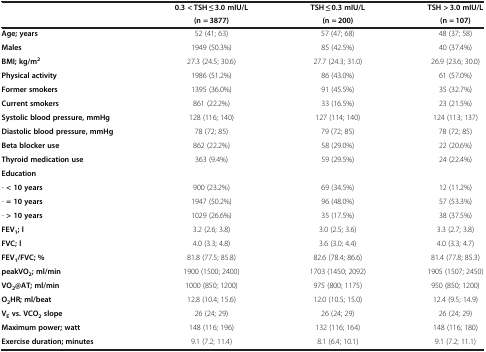
<table><thead><tr><td rowspan="2"><b> </b></td><td><b>0.3 &lt; TSH ≤ 3.0 mIU/L</b></td><td><b>TSH ≤ 0.3 mIU/L</b></td><td><b>TSH &gt; 3.0 mIU/L</b></td></tr><tr><td><b>(n = 3877)</b></td><td><b>(n = 200)</b></td><td><b>(n = 107)</b></td></tr></thead><tbody><tr><td><b>Age; years</b></td><td>52 (41; 63)</td><td>57 (47; 68)</td><td>48 (37; 58)</td></tr><tr><td><b>Males</b></td><td>1949 (50.3%)</td><td>85 (42.5%)</td><td>40 (37.4%)</td></tr><tr><td><b>BMI; kg/m</b><sup><b>2</b></sup></td><td>27.3 (24.5; 30.6)</td><td>27.7 (24.3; 31.0)</td><td>26.9 (23.6; 30.0)</td></tr><tr><td><b>Physical activity</b></td><td>1986 (51.2%)</td><td>86 (43.0%)</td><td>61 (57.0%)</td></tr><tr><td><b>Former smokers</b></td><td>1395 (36.0%)</td><td>91 (45.5%)</td><td>35 (32.7%)</td></tr><tr><td><b>Current smokers</b></td><td>861 (22.2%)</td><td>33 (16.5%)</td><td>23 (21.5%)</td></tr><tr><td><b>Systolic blood pressure, mmHg</b></td><td>128 (116; 140)</td><td>127 (114; 140)</td><td>124 (113; 137)</td></tr><tr><td><b>Diastolic blood pressure, mmHg</b></td><td>78 (72; 85)</td><td>79 (72; 85)</td><td>78 (72; 85)</td></tr><tr><td><b>Beta blocker use</b></td><td>862 (22.2%)</td><td>58 (29.0%)</td><td>22 (20.6%)</td></tr><tr><td><b>Thyroid medication use</b></td><td>363 (9.4%)</td><td>59 (29.5%)</td><td>24 (22.4%)</td></tr><tr><td><b>Education</b></td><td> </td><td> </td><td> </td></tr><tr><td>- <b>&lt; 10 years</b></td><td>900 (23.2%)</td><td>69 (34.5%)</td><td>12 (11.2%)</td></tr><tr><td>- <b>= 10 years</b></td><td>1947 (50.2%)</td><td>96 (48.0%)</td><td>57 (53.3%)</td></tr><tr><td>- <b>&gt; 10 years</b></td><td>1029 (26.6%)</td><td>35 (17.5%)</td><td>38 (37.5%)</td></tr><tr><td><b>FEV</b><sub><b>1</b></sub><b>; l</b></td><td>3.2 (2.6; 3.8)</td><td>3.0 (2.5; 3.6)</td><td>3.3 (2.7; 3.8)</td></tr><tr><td><b>FVC; l</b></td><td>4.0 (3.3; 4.8)</td><td>3.6 (3.0; 4.4)</td><td>4.0 (3.3; 4.7)</td></tr><tr><td><b>FEV</b><sub><b>1</b></sub><b>/FVC; %</b></td><td>81.8 (77.5; 85.8)</td><td>82.6 (78.4; 86.6)</td><td>81.4 (77.8; 85.3)</td></tr><tr><td><b>peakVO</b><sub><b>2</b></sub><b>; ml/min</b></td><td>1900 (1500; 2400)</td><td>1703 (1450; 2092)</td><td>1905 (1507; 2450)</td></tr><tr><td><b>VO</b><sub><b>2</b></sub><b>@AT; ml/min</b></td><td>1000 (850; 1200)</td><td>975 (800; 1175)</td><td>950 (850; 1200)</td></tr><tr><td><b>O</b><sub><b>2</b></sub><b>HR; ml/beat</b></td><td>12.8 (10.4; 15.6)</td><td>12.0 (10.5; 15.0)</td><td>12.4 (9.5; 14.9)</td></tr><tr><td><b>V</b><sub><b>E </b></sub><b>vs. VCO</b><sub><b>2 </b></sub><b>slope</b></td><td>26 (24; 29)</td><td>26 (24; 29)</td><td>26 (24; 29)</td></tr><tr><td><b>Maximum power; watt</b></td><td>148 (116; 196)</td><td>132 (116; 164)</td><td>148 (116; 180)</td></tr><tr><td><b>Exercise duration; minutes</b></td><td>9.1 (7.2; 11.4)</td><td>8.1 (6.4; 10.1)</td><td>9.1 (7.2; 11.1)</td></tr></tbody></table>